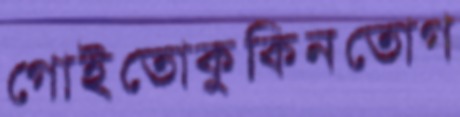
গোইতোকুকিনতোগ